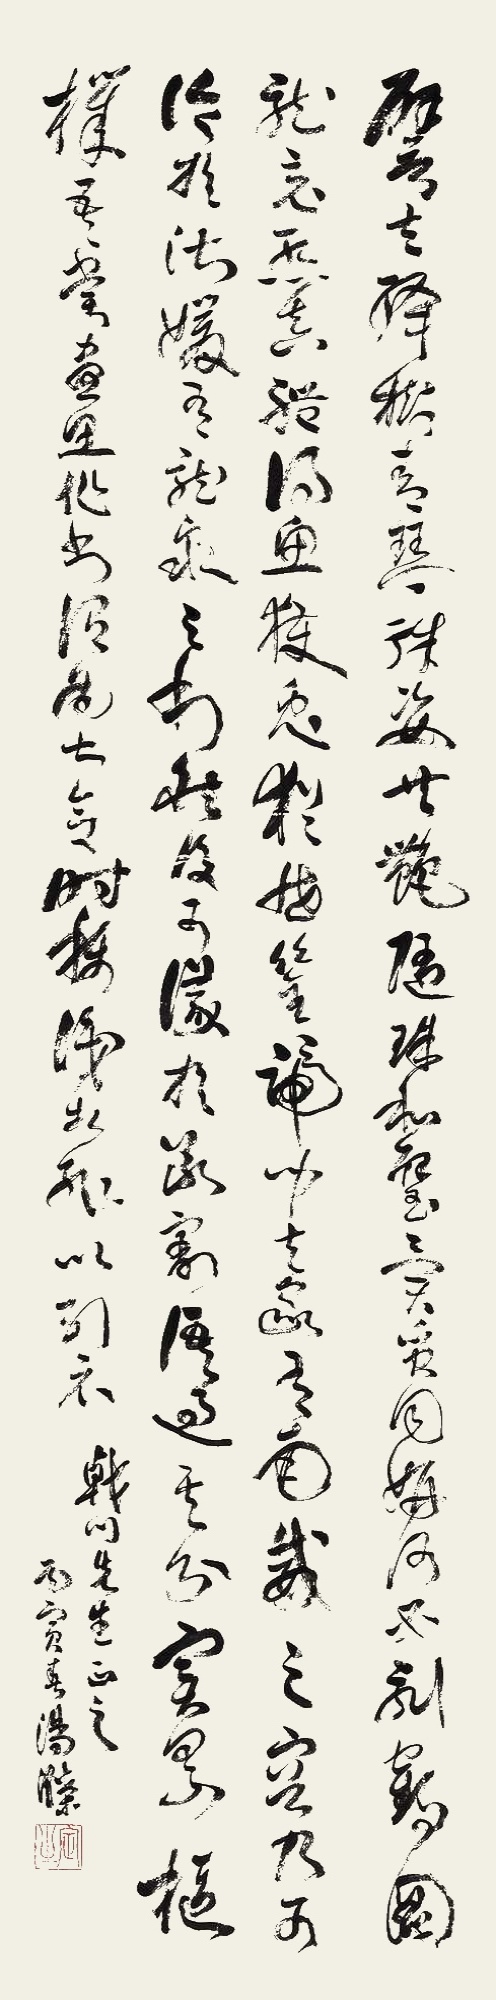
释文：譬夫绛树、青琴，殊姿共艳；隋珠、和璧，异质同妍。何必刻鹤图龙，竟惭真体；得鱼获兔，犹吝筌蹄。闻夫家有南威之容，乃可论于淑媛；有龙泉之利，然后议于断割。语过其分，实累枢机。吾尝尽思作书，谓为甚合，时称识者，辄以引示。㦸川先生正之。丙寅春，汤涤。